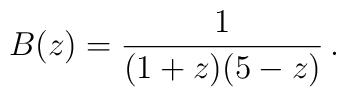
B(z) = {1 \over (1+z)(5-z)} \, .